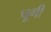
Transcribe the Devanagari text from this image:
पूगी